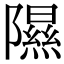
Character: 隰